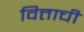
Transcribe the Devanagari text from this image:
वित्ताची